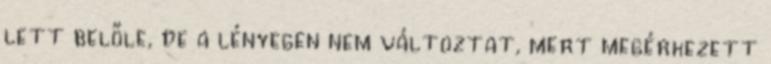
lett belőle, de a lényegen nem változtat, mert megérkezett